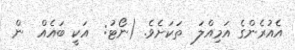
އެއުރެންގެ އަމިއްލަ  ތަކަށެވެ. (ނޯޓު:  އަކީ ބައެއް  ން